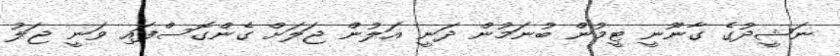
ނަޝީދުގެ ގާނޫނީ ޓީމުން ބުނަމުން ދަނީ އަލުން ޖަލަށް ގެންގޮސްފައި ވަނީ ޖަލު